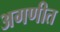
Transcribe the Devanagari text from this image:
अगणीत